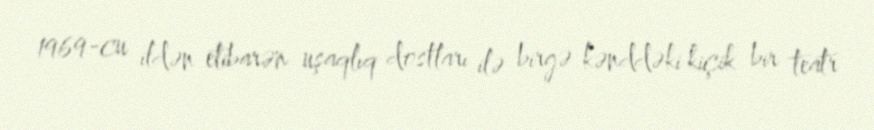
1969-cu ildən etibarən uşaqlıq dostları ilə birgə kənddəki kiçik bir teatr